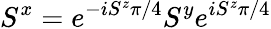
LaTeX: S^{x}=e^{-iS^{z}\pi/4}S^{y}e^{iS^{z}\pi/4}